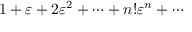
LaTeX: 1 + \varepsilon + 2 \varepsilon ^ { 2 } + \cdots + n ! \varepsilon ^ { n } + \cdots